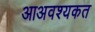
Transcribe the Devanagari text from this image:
आअवश्यकत